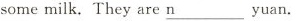
somemilk.They are \underline{ n } yuan.